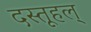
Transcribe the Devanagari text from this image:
दस्तूहल्